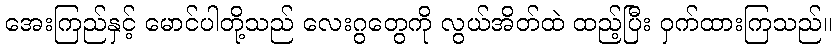
အေးကြည်နှင့် မောင်ပါတို့သည် လေးဂွတွေကို လွယ်အိတ်ထဲ ထည့်ပြီး ဝှက်ထားကြသည်။